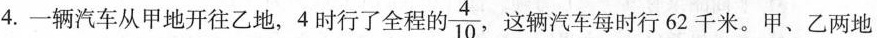
4.一辆汽车从甲地开往乙地，4时行了全程的 \frac{4}{10} ，这辆汽车每时行62千米。甲、乙两地